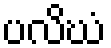
ပလိဃံ